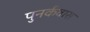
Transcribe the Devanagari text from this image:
पुनर्कवास